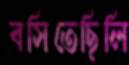
বসিতেছিলি